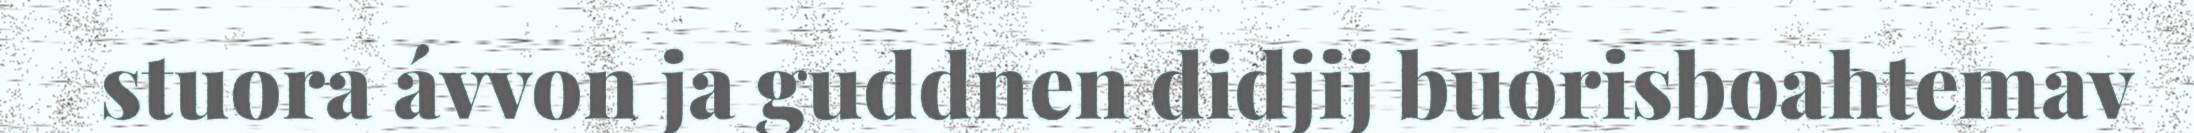
stuora ávvon ja guddnen didjij buorisboahtemav